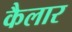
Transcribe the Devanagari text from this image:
कैलार